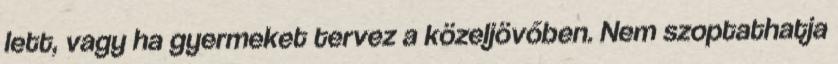
lett, vagy ha gyermeket tervez a közeljövőben. Nem szoptathatja